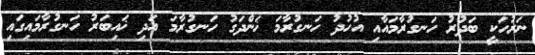
ނަރުހަކީ ބަދުރު ހަނގުރާމައާއި އުހުދު ހަނގުރާމަ ޚަންދަގު ހަނގުރާމަ އަދި ޚައިބަރު ހަނގުރާމައިގައި